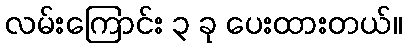
လမ်းကြောင်း ၃ ခု ပေးထားတယ်။